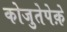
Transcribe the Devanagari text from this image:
कोजुतेपेक़े